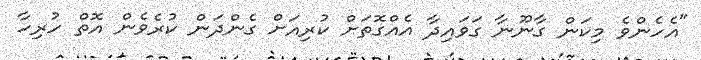
"އެހެންވެ މިކަން ގާނޫނާ ގަވައިދާ އެއްގޮތަށް ކުރިއަށް ގެންދަން ކުރެވެން އޮތް ހުރިހާ